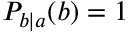
P _ { b | a } ( b ) = 1